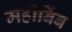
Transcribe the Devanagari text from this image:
महीबिंब